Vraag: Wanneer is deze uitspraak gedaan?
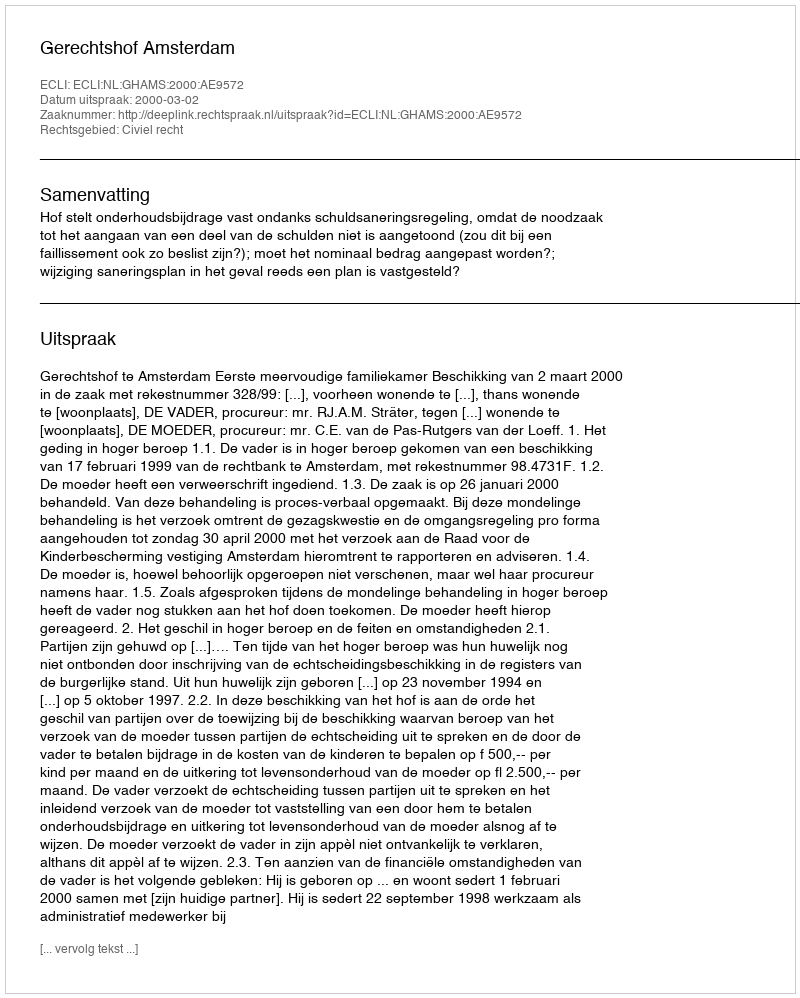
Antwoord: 2000-03-02